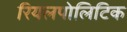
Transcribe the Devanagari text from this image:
रियलपोलिटिक